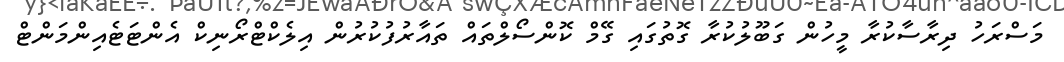
މަސްރަހު ދިރާސާކުރާ މީހުން ގަބޫލުކުރާ ގޮތުގައި ގޭމް ކޮންސޯލްތައް ތައާރުފުކުރުން އިލެކްޓްރޯނިކް އެންޓަޓެއިންމަންޓް